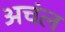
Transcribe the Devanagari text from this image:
अचंल